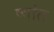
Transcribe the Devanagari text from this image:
ष्षांत